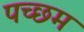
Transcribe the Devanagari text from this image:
पच्छम